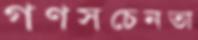
গণসচেনতা